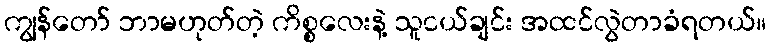
ကျွန်တော် ဘာမဟုတ်တဲ့ ကိစ္စလေးနဲ့ သူငယ်ချင်း အထင်လွဲတာခံရတယ်။